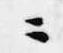
ニ